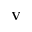
{ \bf V }